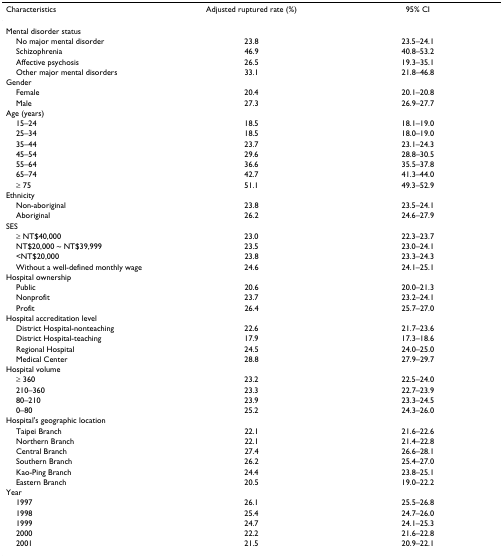
<table><thead><tr><td><b>Characteristics</b></td><td><b>Adjusted ruptured rate (%)</b></td><td><b>95% CI</b></td></tr></thead><tbody><tr><td>Mental disorder status</td><td></td><td></td></tr><tr><td> No major mental disorder</td><td>23.8</td><td>23.5–24.1</td></tr><tr><td> Schizophrenia</td><td>46.9</td><td>40.8–53.2</td></tr><tr><td> Affective psychosis</td><td>26.5</td><td>19.3–35.1</td></tr><tr><td> Other major mental disorders</td><td>33.1</td><td>21.8–46.8</td></tr><tr><td>Gender</td><td></td><td></td></tr><tr><td> Female</td><td>20.4</td><td>20.1–20.8</td></tr><tr><td> Male</td><td>27.3</td><td>26.9–27.7</td></tr><tr><td>Age (years)</td><td></td><td></td></tr><tr><td> 15–24</td><td>18.5</td><td>18.1–19.0</td></tr><tr><td> 25–34</td><td>18.5</td><td>18.0–19.0</td></tr><tr><td> 35–44</td><td>23.7</td><td>23.1–24.3</td></tr><tr><td> 45–54</td><td>29.6</td><td>28.8–30.5</td></tr><tr><td> 55–64</td><td>36.6</td><td>35.5–37.8</td></tr><tr><td> 65–74</td><td>42.7</td><td>41.3–44.0</td></tr><tr><td> ≥ 75</td><td>51.1</td><td>49.3–52.9</td></tr><tr><td>Ethnicity</td><td></td><td></td></tr><tr><td> Non-aboriginal</td><td>23.8</td><td>23.5–24.1</td></tr><tr><td> Aboriginal</td><td>26.2</td><td>24.6–27.9</td></tr><tr><td>SES</td><td></td><td></td></tr><tr><td> ≥ NT$40,000</td><td>23.0</td><td>22.3–23.7</td></tr><tr><td> NT$20,000 ~ NT$39,999</td><td>23.5</td><td>23.0–24.1</td></tr><tr><td> &lt;NT$20,000</td><td>23.8</td><td>23.3–24.3</td></tr><tr><td> Without a well-defined monthly wage</td><td>24.6</td><td>24.1–25.1</td></tr><tr><td>Hospital ownership</td><td></td><td></td></tr><tr><td> Public</td><td>20.6</td><td>20.0–21.3</td></tr><tr><td> Nonprofit</td><td>23.7</td><td>23.2–24.1</td></tr><tr><td> Profit</td><td>26.4</td><td>25.7–27.0</td></tr><tr><td>Hospital accreditation level</td><td></td><td></td></tr><tr><td> District Hospital-nonteaching</td><td>22.6</td><td>21.7–23.6</td></tr><tr><td> District Hospital-teaching</td><td>17.9</td><td>17.3–18.6</td></tr><tr><td> Regional Hospital</td><td>24.5</td><td>24.0–25.0</td></tr><tr><td> Medical Center</td><td>28.8</td><td>27.9–29.7</td></tr><tr><td>Hospital volume</td><td></td><td></td></tr><tr><td> ≥ 360</td><td>23.2</td><td>22.5–24.0</td></tr><tr><td> 210–360</td><td>23.3</td><td>22.7–23.9</td></tr><tr><td> 80–210</td><td>23.9</td><td>23.3–24.5</td></tr><tr><td> 0–80</td><td>25.2</td><td>24.3–26.0</td></tr><tr><td>Hospital&#x27;s geographic location</td><td></td><td></td></tr><tr><td> Taipei Branch</td><td>22.1</td><td>21.6–22.6</td></tr><tr><td> Northern Branch</td><td>22.1</td><td>21.4–22.8</td></tr><tr><td> Central Branch</td><td>27.4</td><td>26.6–28.1</td></tr><tr><td> Southern Branch</td><td>26.2</td><td>25.4–27.0</td></tr><tr><td> Kao-Ping Branch</td><td>24.4</td><td>23.8–25.1</td></tr><tr><td> Eastern Branch</td><td>20.5</td><td>19.0–22.2</td></tr><tr><td>Year</td><td></td><td></td></tr><tr><td> 1997</td><td>26.1</td><td>25.5–26.8</td></tr><tr><td> 1998</td><td>25.4</td><td>24.7–26.0</td></tr><tr><td> 1999</td><td>24.7</td><td>24.1–25.3</td></tr><tr><td> 2000</td><td>22.2</td><td>21.6–22.8</td></tr><tr><td> 2001</td><td>21.5</td><td>20.9–22.1</td></tr></tbody></table>